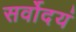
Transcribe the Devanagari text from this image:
सर्वोदयं